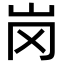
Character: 岗